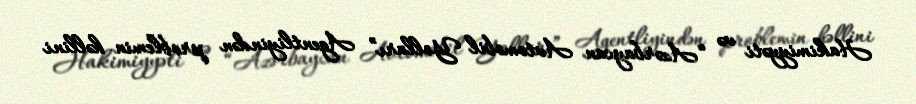
Hakimiyyəti və “Azərbaycan Avtomobil Yolları” Agentliyindən problemin həllini